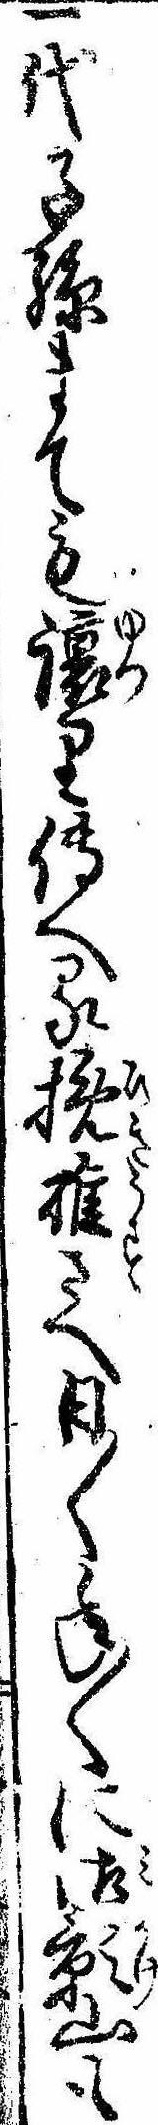
一代子孫まても譲り伝へる挽碓さへ日〱年〱に御影山も